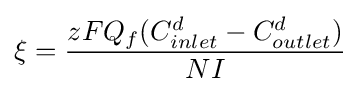
\xi ={\frac {zFQ_{f}(C_{inlet}^{d}-C_{outlet}^{d})}{NI}}